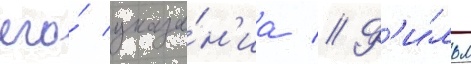
его́ указа́н'иа // Ф'и́льм